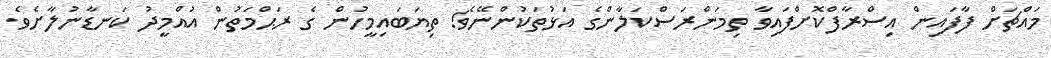
މައްޗަށް ފާފައިން އިސްރާފްކޮށްފައިވާ ތިމަންރަސްކަލާންގެ އަޅުތަކުންނޭވެ! ތިޔަބައިމީހުން ގެ ރަޙްމަތުން އުއްމީދު ކަނޑާނުލާށެވެ.